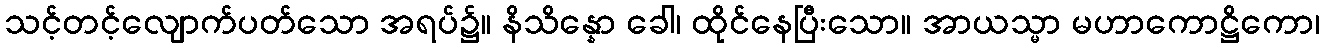
သင့်တင့်လျောက်ပတ်သော အရပ်၌။ နိသိန္နော ခေါ၊ ထိုင်နေပြီးသော။ အာယသ္မာ မဟာကောဋ္ဌိကော၊